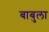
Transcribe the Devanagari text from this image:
बाबुला